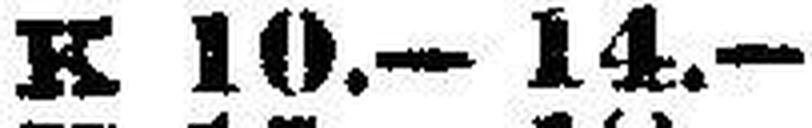
K 10.—14.—